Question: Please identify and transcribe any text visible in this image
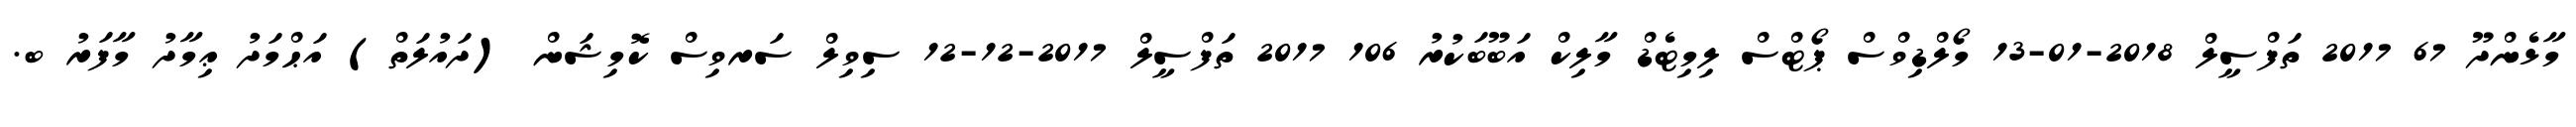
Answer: މާޅެންދޫ 67 2017 ތަފްސީލް 2018-01-13 މޯލްޑިވްސް ޕޯޓްސް ލިމިޓެޑް މާލިކް އަބޫބަކުރު 106 2017 ތަފްސީލް 2017-12-12 ސިވިލް ސަރވިސް ކޮމިޝަން (ދައުލަތް) އަޙްމަދު ޢިމާދު މާފަރު ބ.